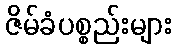
ဇိမ်ခံပစ္စည်းများ